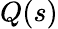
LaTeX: Q(s)